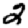
Digit: 2